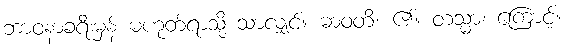
ဘာဝနာခရီးမှန် မဟုတ်ရာသို့ သာလျှင်။ ဓာဝတိ၊ ၏။ တသ္မာ၊ ကြောင့်။